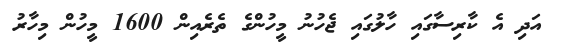
އަދި އެ ކާރިސާގައި ހާލުގައި ޖެހުނު މީހުންގެ ތެރެއިން 1600 މީހުން މިހާރު